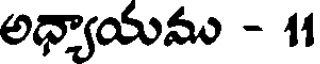
అధ్యాయము - 11